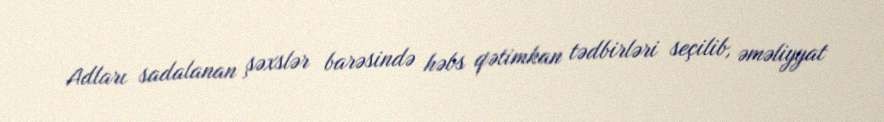
Adları sadalanan şəxslər barəsində həbs qətimkan tədbirləri seçilib, əməliyyat